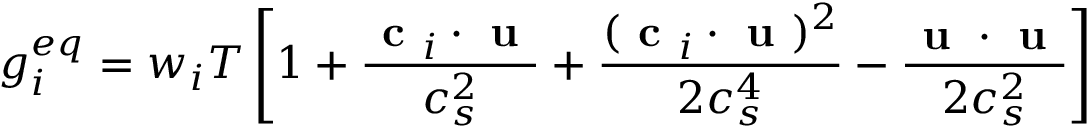
g _ { i } ^ { e q } = w _ { i } T \left[ 1 + \frac { \textbf { c } _ { i } \cdot \textbf { u } } { c _ { s } ^ { 2 } } + \frac { ( \textbf { c } _ { i } \cdot \textbf { u } ) ^ { 2 } } { 2 c _ { s } ^ { 4 } } - \frac { \textbf { u } \cdot \textbf { u } } { 2 c _ { s } ^ { 2 } } \right]